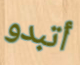
أتبدو